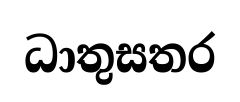
ධාතුසතර